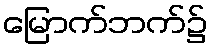
မြောက်ဘက်၌